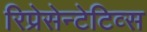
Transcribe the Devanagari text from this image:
रिप्रेसेन्टेटिव्स